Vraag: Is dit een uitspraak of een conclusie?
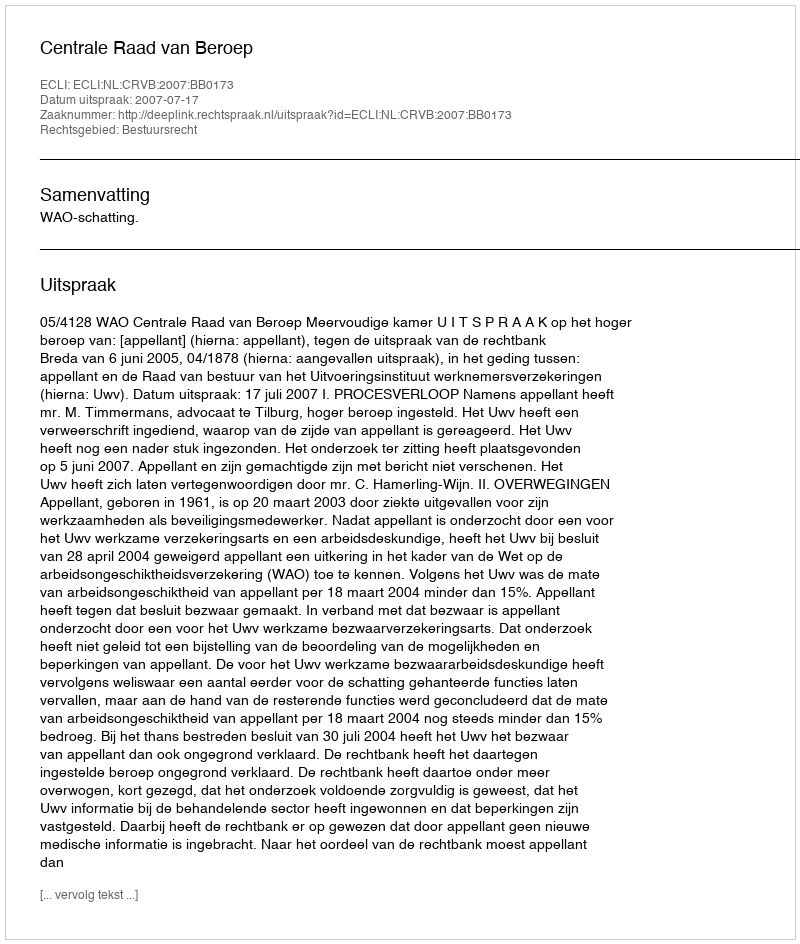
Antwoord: Uitspraak